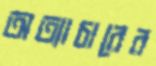
অত্যাচারের